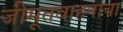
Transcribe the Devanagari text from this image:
जीमूतवाहनाचा